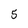
Character: 5